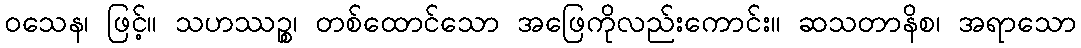
ဝသေန၊ ဖြင့်။ သဟဿဉ္စ၊ တစ်ထောင်သော အဖြေကိုလည်းကောင်း။ ဆသတာနိစ၊ အရာသော